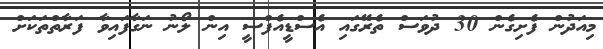
މިއަދުން ފެށިގެން 30 ދުވަސް ތެރޭގައި އެސްޑީއެފްސީ އިން ލޯނު ނަގާފައިވާ ފަރާތްތަކަށް